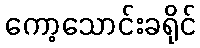
ကော့သောင်းခရိုင်